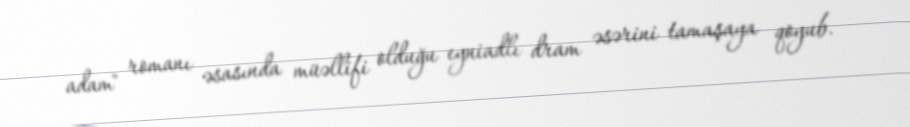
adam" romanı əsasında müəllifi olduğu eyniadlı dram əsərini tamaşaya qoyub.